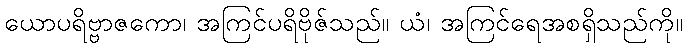
ယောပရိဗ္ဗာဇကော၊ အကြင်ပရိဗိုဇ်သည်။ ယံ၊ အကြင်ရေအစရှိသည်ကို။